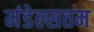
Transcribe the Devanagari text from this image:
मंडेल्सतम